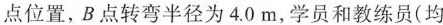
点位置，B点转弯半径为4.0m，学员和教练员(均